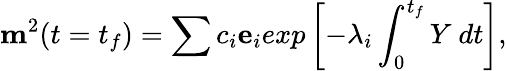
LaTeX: {\mathbf m}^{2}(t=t_{f})=\sum c_{i}{\mathbf e}_{i}exp\left[-\lambda_{i}\int_{0}^{t_{f}}Y\ dt\right],